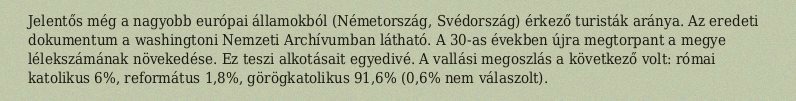
Jelentős még a nagyobb európai államokból (Németország, Svédország) érkező turisták aránya. Az eredeti dokumentum a washingtoni Nemzeti Archívumban látható. A 30-as években újra megtorpant a megye lélekszámának növekedése. Ez teszi alkotásait egyedivé. A vallási megoszlás a következő volt: római katolikus 6%, református 1,8%, görögkatolikus 91,6% (0,6% nem válaszolt).